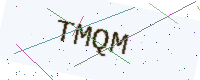
Text: TMQM